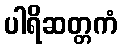
ပါရိဆတ္တကံ